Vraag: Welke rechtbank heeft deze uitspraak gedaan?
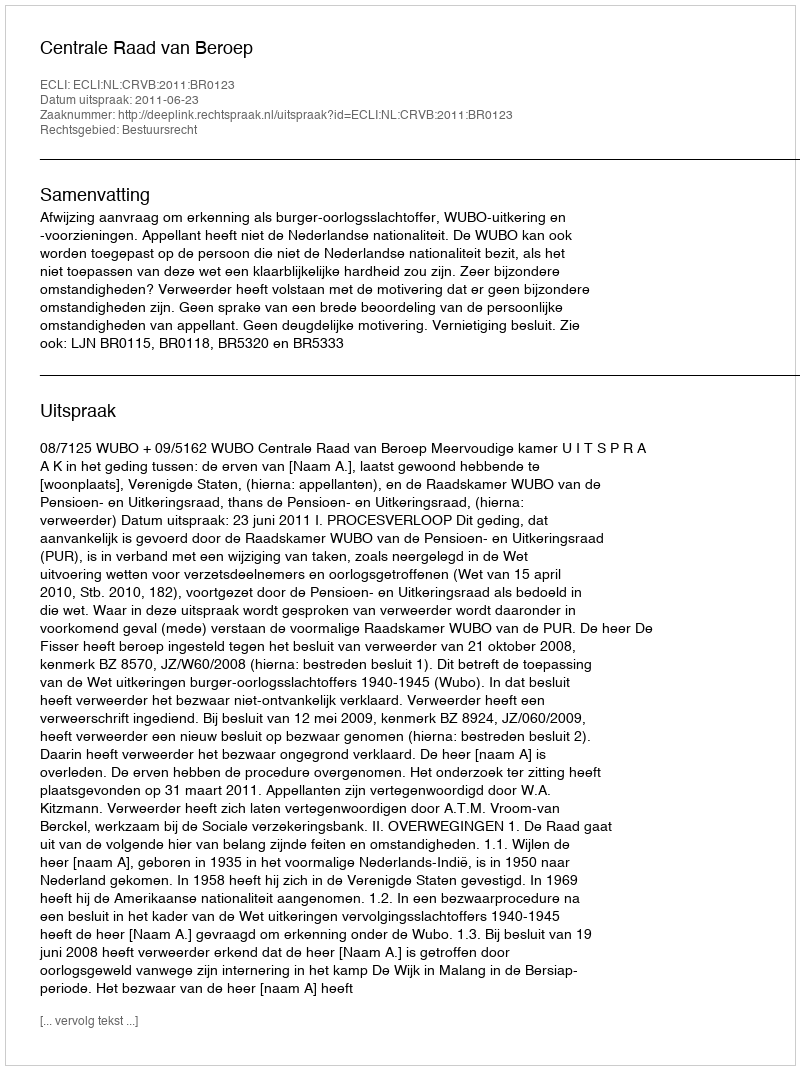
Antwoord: Centrale Raad van Beroep